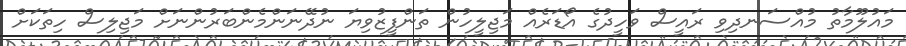
މައުލޫމާތު މުއްސަނދިވި ރައީސް ވަހީދުގެ އޯޑަރެއް މަޖިލީހުން ތަންފީޒުވިޔަ ނުދޭނަންމެންބަރުންނަށް މަޖިލިސް ހިތަކަށް